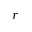
\boldsymbol { r }